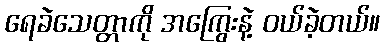
ရေခဲသေတ္တာကို အကြွေးနဲ့ ဝယ်ခဲ့တယ်။